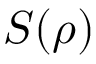
S ( \boldsymbol { \rho } )